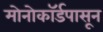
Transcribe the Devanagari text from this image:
मोनोकॉर्डपासून